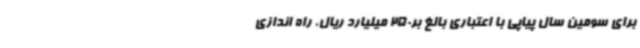
برای سومین سال پیاپی با اعتباری بالغ بر250 میلیارد ریال، راه اندازی